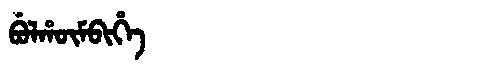
Manchu: ᠪᡠᠯᡥᡡᠮᠪᡳᡥᡝ
Romanization: BULHŪMBIHE